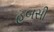
હબસી